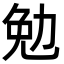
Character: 勉